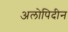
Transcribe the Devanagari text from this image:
अलोपिदीन